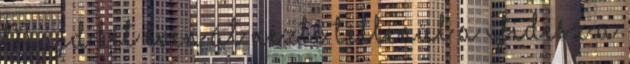
Majd két éven át nézte tétlenül a Fidesz a